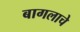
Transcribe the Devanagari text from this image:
बागलाचे